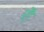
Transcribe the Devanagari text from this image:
र्‍ाै